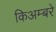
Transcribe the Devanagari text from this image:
किअम्बरे